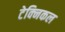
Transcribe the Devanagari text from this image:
टेक्‍निकल